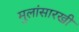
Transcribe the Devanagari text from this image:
मुलांसारखी